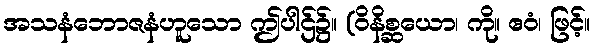
အသနံဘောဇနံဟူသော ဤပါဌ်၌။ (ဝိနိစ္ဆယော၊ ကို။ ဧဝံ၊ ဖြင့်။